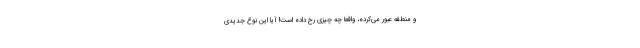
و منطقه عبور می‌کرده، واقعا چه چیزی رخ داده است! آیا این نوع جدیدی